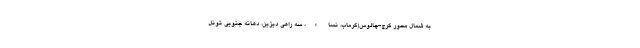
به شمال محور کرج-چالوس(گرماب، نساء، سه راهی دیزین، دهانه جنوبی تونل